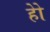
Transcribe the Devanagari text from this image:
होे